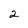
Character: 2